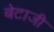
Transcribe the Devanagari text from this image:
बेटाजी